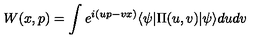
W ( x , p ) = \int e ^ { i ( u p - v x ) } \langle \psi | \Pi ( u , v ) | \psi \rangle d u d v